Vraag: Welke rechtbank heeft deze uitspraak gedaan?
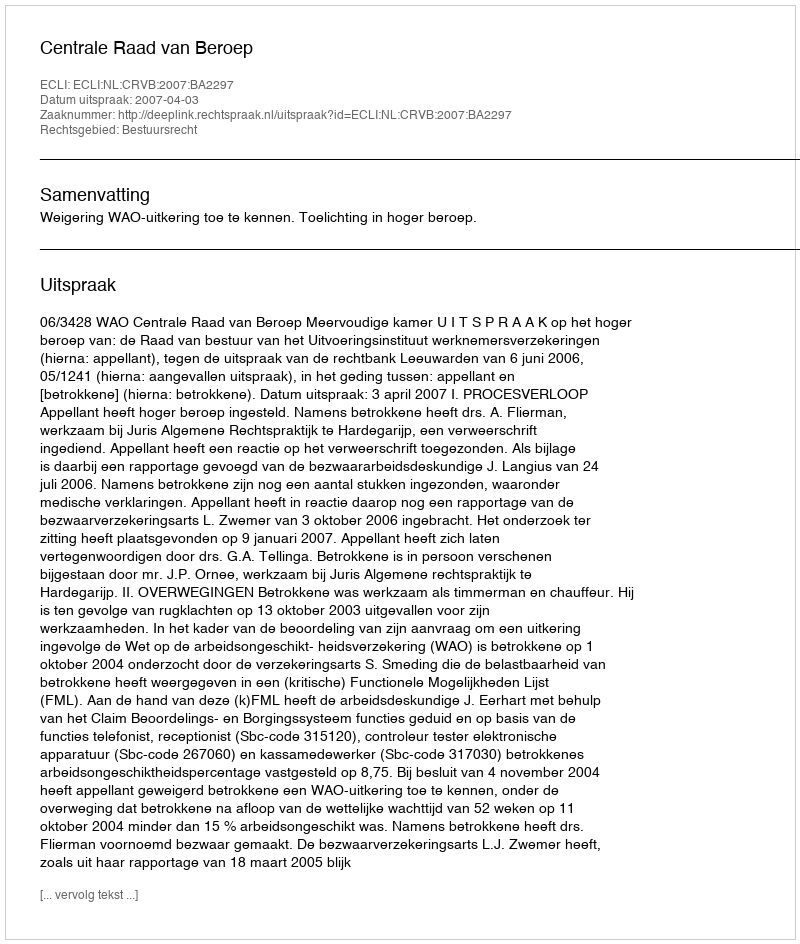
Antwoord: Centrale Raad van Beroep